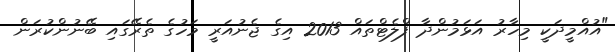
"އުއްމީދަކީ މިހާރު އަޅަމުންދާ ފްލެޓްތައް 2013 އިގެ ޖެނުއަރީ މަހުގެ ތެރޭގައި ބޭނުންކުރަން